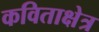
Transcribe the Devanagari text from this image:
कविताक्षेत्र